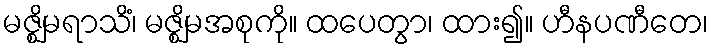
မဇ္ဈိမရာသိံ၊ မဇ္ဈိမအစုကို။ ထပေတွာ၊ ထား၍။ ဟီနပဏီတေ၊